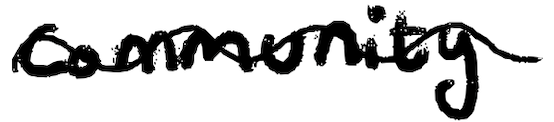
Text: Community
Cross-out: wave
Writing tool: digital_black